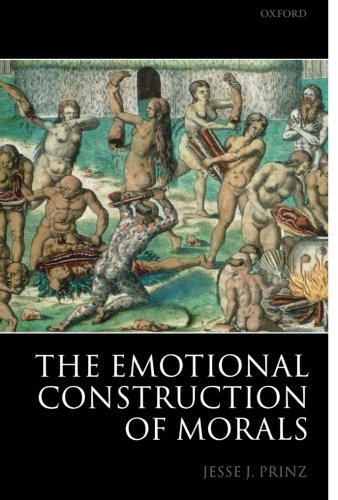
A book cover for The Emotional Construction of Morals; Jesse Prinz; Politics & Social Sciences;